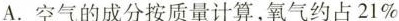
A. 空气的成分按质量计算，氧气约占21%